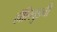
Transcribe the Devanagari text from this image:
हॉलिवुडची